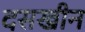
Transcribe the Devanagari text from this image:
दसखीन